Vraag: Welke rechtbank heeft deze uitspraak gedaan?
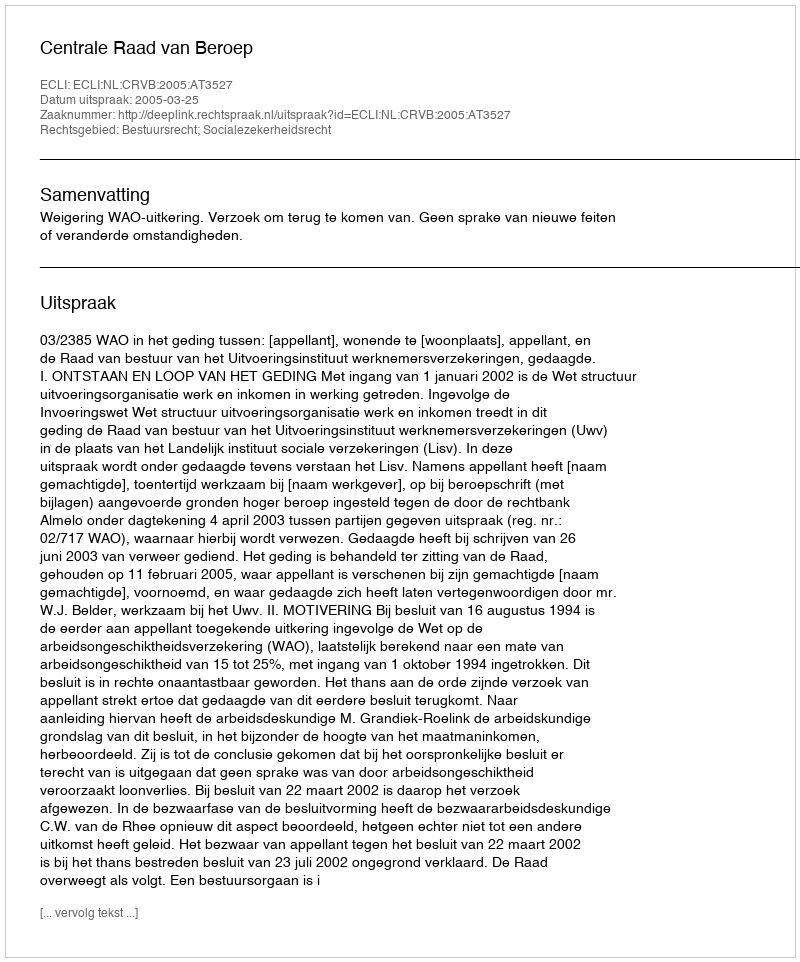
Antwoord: Centrale Raad van Beroep